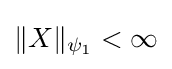
\|X\|_{\psi _{1}}<\infty